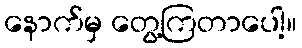
နောက်မှ တွေ့ကြတာပေါ့။